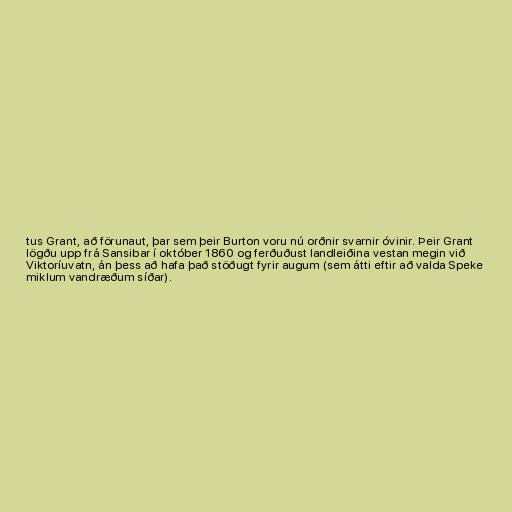
tus Grant, að förunaut, þar sem þeir Burton voru nú orðnir svarnir óvinir. Þeir Grant
lögðu upp frá Sansibar í október 1860 og ferðuðust landleiðina vestan megin við
Viktoríuvatn, án þess að hafa það stöðugt fyrir augum (sem átti eftir að valda Speke
miklum vandræðum síðar).